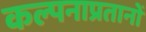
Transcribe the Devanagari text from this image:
कल्पनाप्रतानों